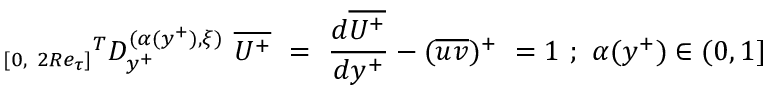
{ _ { [ 0 , ~ 2 R e _ { \tau } ] } } ^ { T } D _ { y ^ { + } } ^ { ( \alpha ( y ^ { + } ) , { \xi } ) } ~ \overline { { U ^ { + } } } ~ = ~ \frac { d \overline { { U ^ { + } } } } { d y ^ { + } } - ( \overline { { u v } } ) ^ { + } ~ = 1 ~ ; ~ \alpha ( y ^ { + } ) \in ( 0 , 1 ]